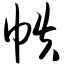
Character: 帙